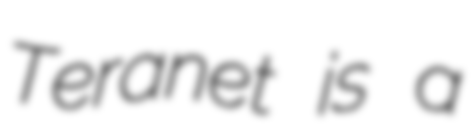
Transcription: Teranet is a